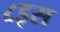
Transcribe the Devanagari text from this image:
८इस